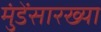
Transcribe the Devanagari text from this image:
मुंडेंसारख्या